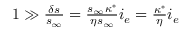
\begin{array} { r } { 1 \gg \frac { \delta s } { s _ { \infty } } = \frac { s _ { \infty } \kappa ^ { * } } { \eta s _ { \infty } } i _ { e } = \frac { \kappa ^ { * } } { \eta } i _ { e } } \end{array}